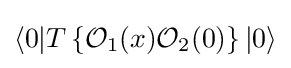
\left\langle 0|T\left\{{\mathcal {O}}_{1}(x){\mathcal {O}}_{2}(0)\right\}|0\right\rangle